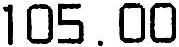
105.00